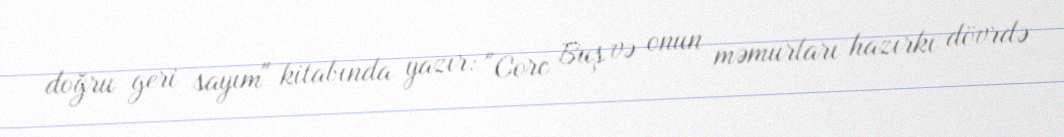
doğru geri sayım" kitabında yazır: "Corc Buş və onun məmurları hazırkı dövrdə